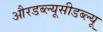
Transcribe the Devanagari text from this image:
औरडब्ल्यूसीडब्ल्यू